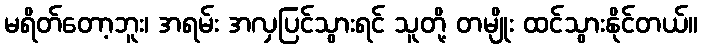
မရိတ်တော့ဘူး၊ အရမ်း အလှပြင်သွားရင် သူတို့ တမျိုး ထင်သွားနိုင်တယ်။